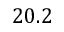
2 0 . 2